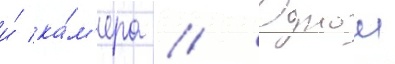
и́ ка́м'ера // Однои